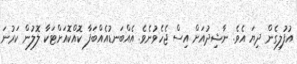
އުފުލިގެން ދިޔަ އެވެ. ނާޝިދުއަށް އިސް ޖެހެވުނެވެ. އެއްބަނޑުއެއްބަފާ ކޮއްކޮއަށްޓަކާ ލޮލުން ކަރުނަ